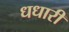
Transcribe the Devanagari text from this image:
धधारी